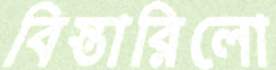
বিস্তারিলো